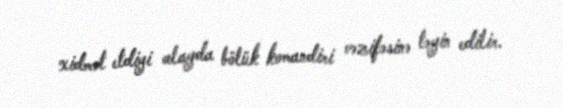
xidmət etdiyi alayda bölük komandiri vəzifəsinə təyin edilir.